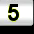
Digit: 5